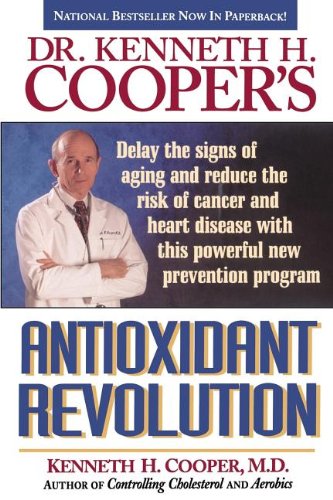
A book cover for Antioxidant Revolution; Kenneth Cooper; Health, Fitness & Dieting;